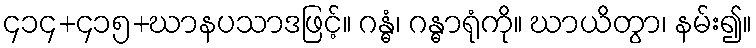
၄၁၄+၄၁၅+ဃာနပသာဒဖြင့်။ ဂန္ဓံ၊ ဂန္ဓာရုံကို။ ဃာယိတွာ၊ နမ်း၍။